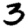
Digit: 3